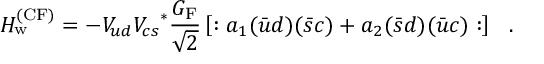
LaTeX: { \cal H } _ { \mathrm { w } } ^ { \mathrm { ( C F ) } } = - V _ { u d } { V _ { c s } } ^ { * } { \frac { G _ { \mathrm { F } } } { \sqrt { 2 } } } \left[ : a _ { 1 } ( { \bar { u } } d ) ( { \bar { s } } c ) + a _ { 2 } ( { \bar { s } } d ) ( { \bar { u } } c ) : \right] \ \ .